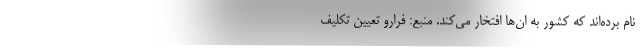
نام برده‌اند که کشور به ان‌ها افتخار می‌کند. منبع: فرارو تعیین تکلیف